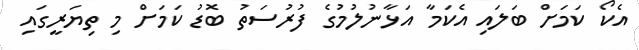
އެކޯ ކަމަށް ބަލައި އެކަމާ އަޅާނުލުމުގެ ފުރުސަތު ބޮޑު ކަމަށް މި ތިޔަރީގައި